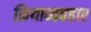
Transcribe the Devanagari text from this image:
क्रियाव्यवहार